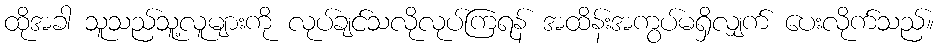
ထိုအခါ သူသည်သူ့လူများကို လုပ်ချင်သလိုလုပ်ကြရန် အထိန်းအကွပ်မရှိလျှက် ပေးလိုက်သည်။